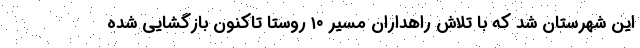
این شهرستان شد که با تلاش راهداران مسیر ۱۰ روستا تاکنون بازگشایی شده